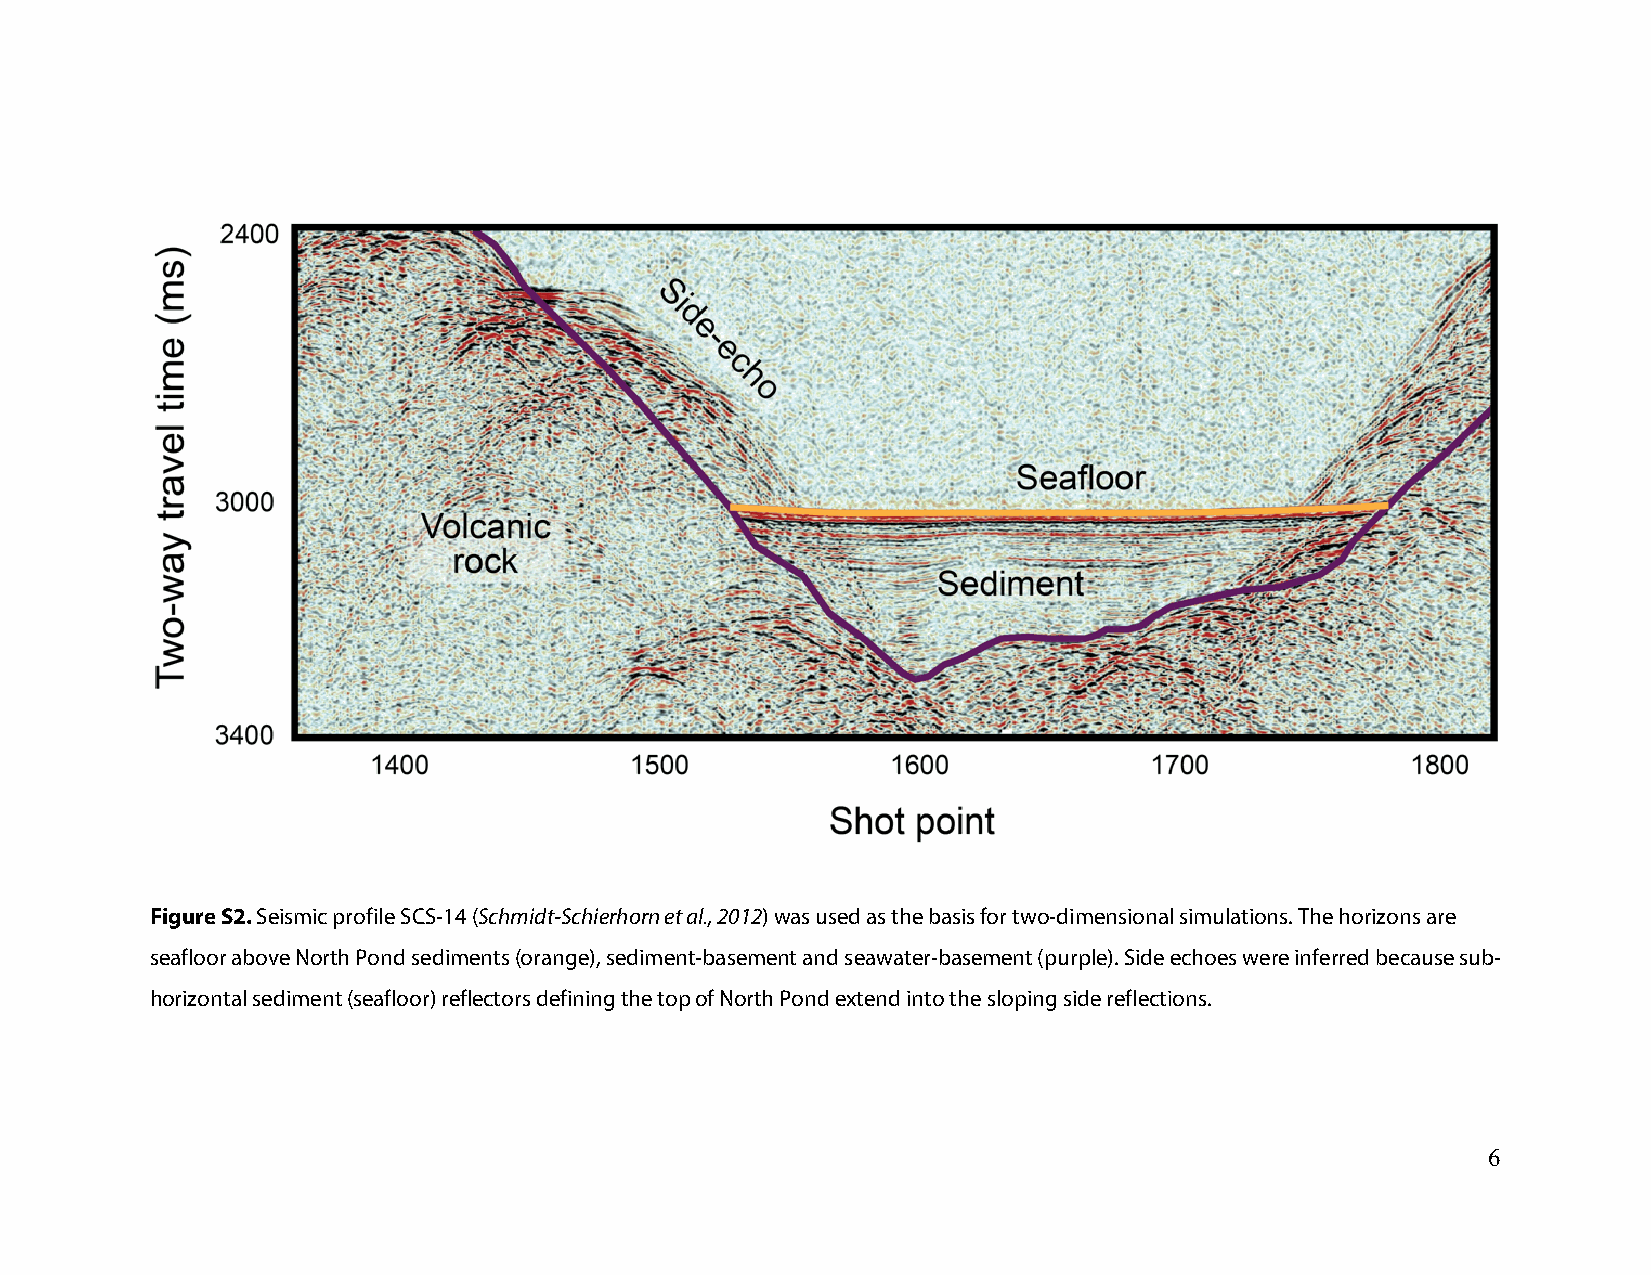
Figure S2. Seismic profile SCS-14 (Schmidt-Schierhorn et al., 2012) was used as the basis for two-dimensional simulations. The horizons are
 seafloor above North Pond sediments (orange), sediment-basement and seawater-basement (purple). Side echoes were inferred because sub-
 horizontal sediment (seafloor) reflectors defining the top of North Pond extend into the sloping side reflections.
 6